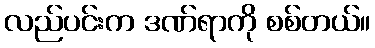
လည်ပင်းက ဒဏ်ရာကို စစ်တယ်။